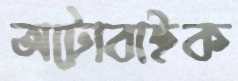
অটোবাইক